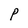
Character: P